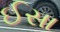
ઈસા